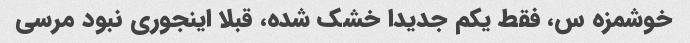
خوشمزه س، فقط یکم جدیدا خشک شده، قبلا اینجوری نبود مرسی